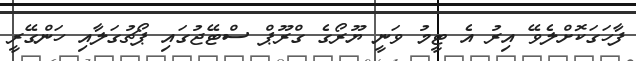
ފާހަގަކޮށްލެވޭ އިރު އެ ޓީމު ވަނީ ޔޫރޯގެ ގްރޫޕް ސްޓޭޖުގައި ޕޯޗުގަލާއި ހަންގޭރީ